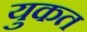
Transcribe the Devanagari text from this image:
युकत